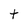
Character: t